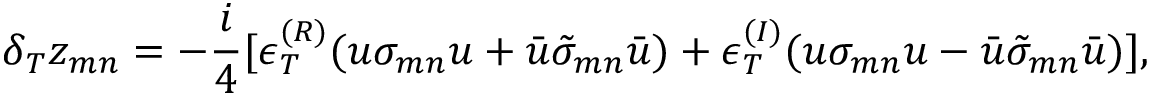
\delta _ { T } z _ { m n } = - \frac { i } { 4 } [ \epsilon _ { T } ^ { ( R ) } ( u \sigma _ { m n } u + \bar { u } \tilde { \sigma } _ { m n } \bar { u } ) + \epsilon _ { T } ^ { ( I ) } ( u \sigma _ { m n } u - \bar { u } \tilde { \sigma } _ { m n } \bar { u } ) ] ,